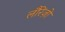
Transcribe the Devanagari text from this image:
लौरेंज़ो